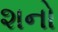
શનો